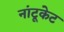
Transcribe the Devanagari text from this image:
नांटूकेट